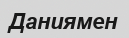
Даниямен